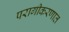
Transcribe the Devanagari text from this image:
परागीकरणात